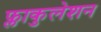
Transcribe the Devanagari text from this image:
फ्लाकुलेशन